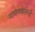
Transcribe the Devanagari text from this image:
गायनकलेची